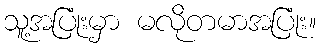
သူ့အပြုံးမှာ မလိုတမာအပြုံး။